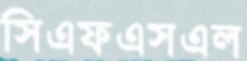
সিএফএসএল